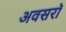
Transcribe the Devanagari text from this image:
अवसरॉ